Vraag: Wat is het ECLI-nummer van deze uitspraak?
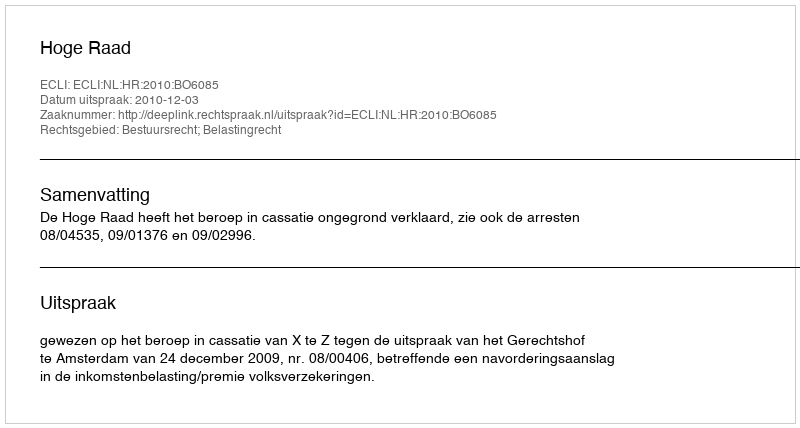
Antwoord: ECLI:NL:HR:2010:BO6085